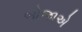
બોજાએ